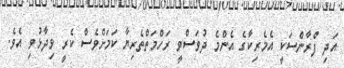
އަދި ފްރާންސަކީ އެމެރިކާގެ އެންމެ ދުވަސްވީ ރަހްމަތްތެރިޔާ ކަމަށްވެސް ކެރީ ވިދާޅުވި އެވެ.